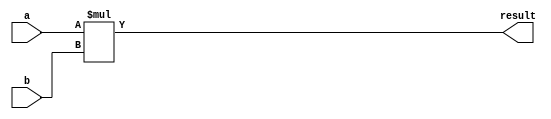
module multiplier(
    input wire [7:0] a,
    input wire [7:0] b,
    output reg [15:0] result
);

reg [15:0] partial_product;
reg [3:0] shift_count;

always @(*) begin
    partial_product = a * b;
    result = partial_product;
end

endmodule